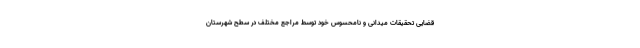
قضایی تحقیقات میدانی و نامحسوس خود توسط مراجع مختلف در سطح شهرستان